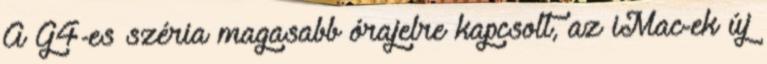
A G4-es széria magasabb órajelre kapcsolt, az iMac-ek új